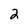
Character: 2